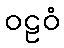
ဝဠဝံ